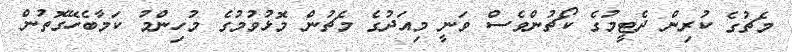
މެޗުގެ ކުރިން ދެޓީމުގެ ކޯޗުންވެސް ވަނީ މިއަދުގެ މެޗުން މޮޅުވުމުގެ މުހިންމު ކަމާބެހޭގޮތުން